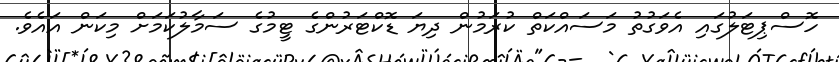
ހޮސްޕިޓަލުގައި އެވަގުތު މަސައްކަތް ކުރަމުން ދިޔަ ޑޮކްޓަރުންގެ ޓީމުގެ ސަމާލުކަމަށް މިކަން އައެވެ.